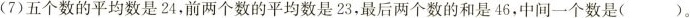
(7)五个数的平均数是24，前两个数的平均数是23，最后两个数的和是46，中间一个数是( )。